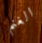
الغنم